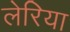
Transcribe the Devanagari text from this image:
लेरिया